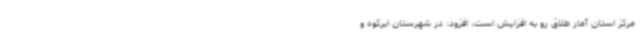
مرکز استان آمار طلاق رو به افزایش است، افزود: در شهرستان ابرکوه و